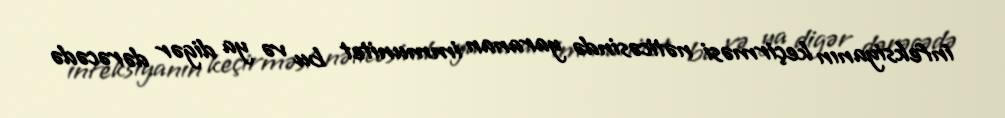
infeksiyanın keçirməsi nəticəsində yaranan immunitet bu və ya digər dərəcədə